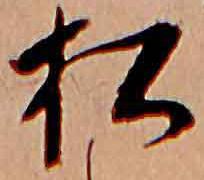
松